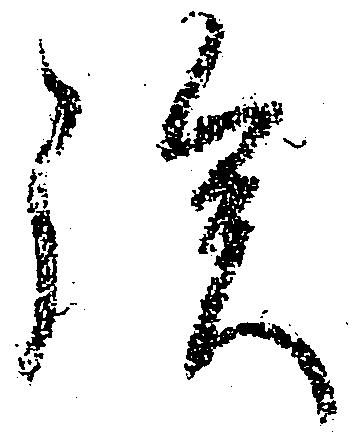
族